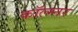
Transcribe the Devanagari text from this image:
कॉल्म्नर